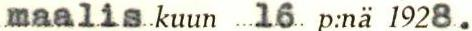
maaliskuun 16. p:nä 1928.